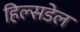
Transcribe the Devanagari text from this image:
हिल्सडेल